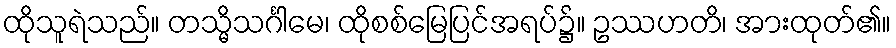
ထိုသူရဲသည်။ တသ္မိသင်္ဂါမေ၊ ထိုစစ်မြေပြင်အရပ်၌။ ဥဿဟတိ၊ အားထုတ်၏။